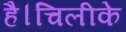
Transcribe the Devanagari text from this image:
है।चिलीके